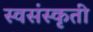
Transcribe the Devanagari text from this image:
स्वसंस्कृती